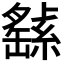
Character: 𦅸